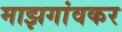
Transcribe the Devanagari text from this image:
माझगांवकर